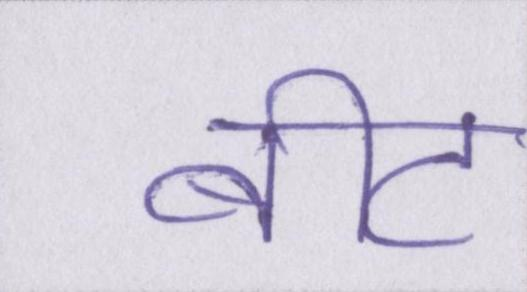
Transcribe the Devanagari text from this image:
बीट